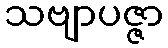
သဗျာပဇ္ဇာ